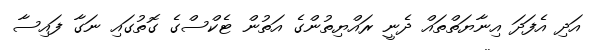
އަދި އެފަދަ އިނާޔަތްތައް ދެނީ ރައްޔިތުންގެ އަތުން ޓެކްސްގެ ގޮތުގައި ނަގާ ފައިސާ